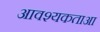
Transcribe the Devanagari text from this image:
आवश्यकताआ